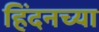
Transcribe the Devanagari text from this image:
हिंदनच्या